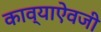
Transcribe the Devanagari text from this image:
काव्याऐवजी